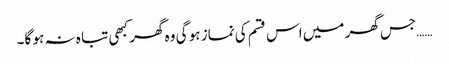
……جس گھر میں اس قسم کی نماز ہو گی وہ گھر کبھی تبا ہ نہ ہو گا۔